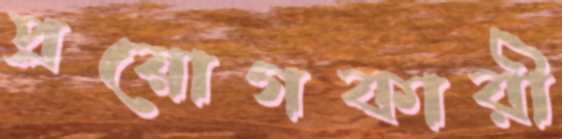
প্রয়োগকারী